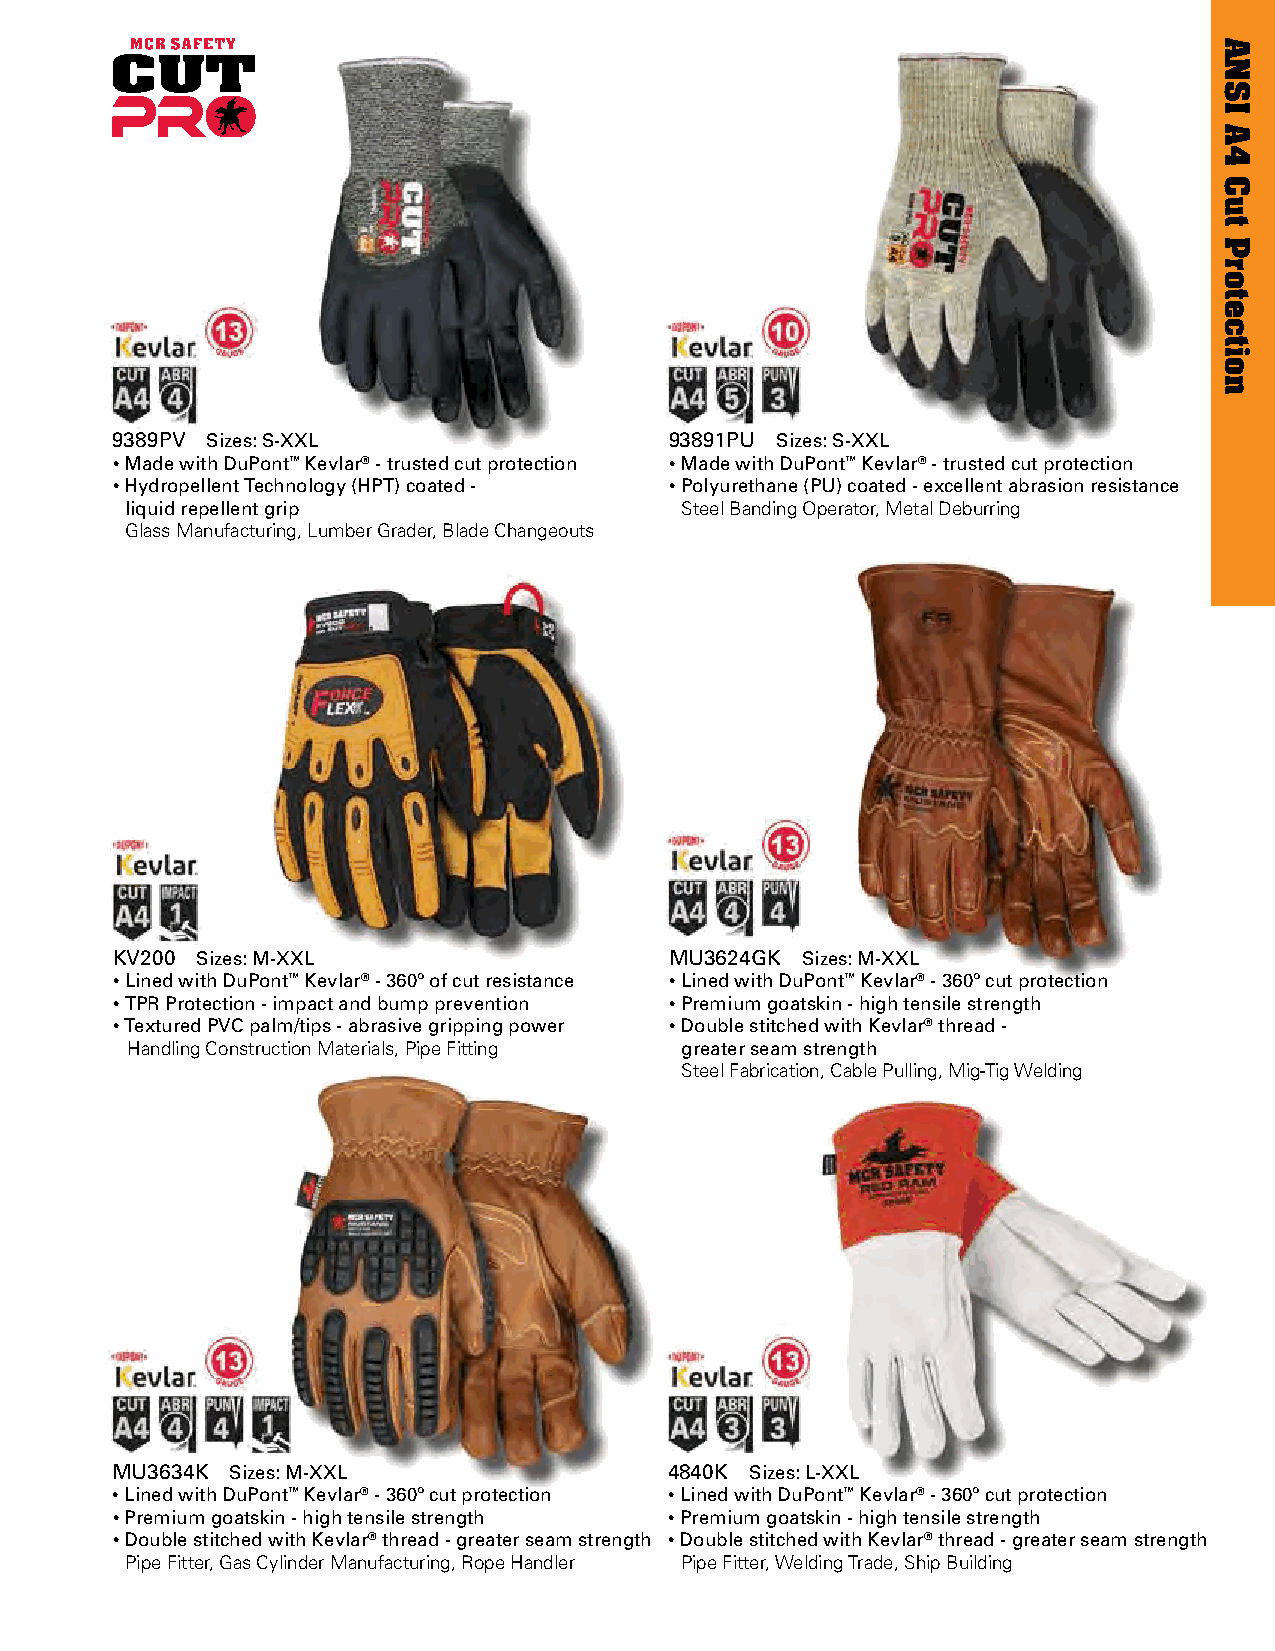
9389PV Sizes: S-XXL                  93891PU Sizes: S-XXL
 • Made with DuPont™ Kevlar® - trusted cut protection • Made with DuPont™ Kevlar® - trusted cut protection
 • Hydropellent Technology (HPT) coated - • Polyurethane (PU) coated - excellent abrasion resistance
 liquid repellent grip                Steel Banding Operator, Metal Deburring
 Glass Manufacturing, Lumber Grader, Blade Changeouts
 KV200 Sizes: M-XXL                   MU3624GK Sizes: M-XXL
 • Lined with DuPont™ Kevlar® - 360º of cut resistance • Lined with DuPont™ Kevlar® - 360º cut protection
 • TPR Protection - impact and bump prevention • Premium goatskin - high tensile strength
 • Textured PVC palm/tips - abrasive gripping power • Double stitched with Kevlar® thread -
 Handling Construction Materials, Pipe Fitting greater seam strength
 Steel Fabrication, Cable Pulling, Mig-Tig Welding
 MU3634K Sizes: M-XXL                 4840K Sizes: L-XXL
 • Lined with DuPont™ Kevlar® - 360º cut protection • Lined with DuPont™ Kevlar® - 360º cut protection
 • Premium goatskin - high tensile strength • Premium goatskin - high tensile strength
 • Double stitched with Kevlar® thread - greater seam strength • Double stitched with Kevlar® thread - greater seam strength
 Pipe Fitter, Gas Cylinder Manufacturing, Rope Handler Pipe Fitter, Welding Trade, Ship Building
 ANSI
 A4
 Cut
 Protection